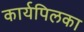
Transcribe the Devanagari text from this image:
कार्यपिलका